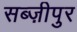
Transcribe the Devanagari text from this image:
सब्ज़ीपुर